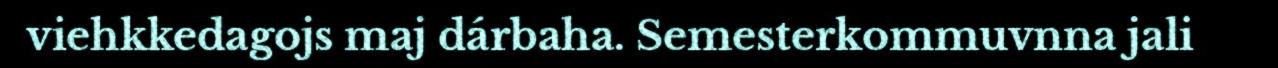
viehkkedagojs maj dárbaha. Semesterkommuvnna jali